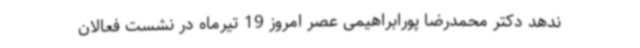
ندهد دکتر محمدرضا پورابراهیمی عصر امروز 19 تیرماه در نشست فعالان